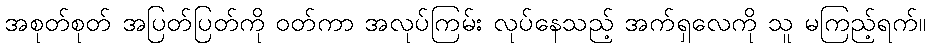
အစုတ်စုတ် အပြတ်ပြတ်ကို ဝတ်ကာ အလုပ်ကြမ်း လုပ်နေသည့် အက်ရှလေကို သူ မကြည့်ရက်။